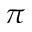
\pi